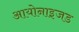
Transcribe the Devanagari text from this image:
आयोनाइजड